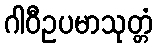
ဂါဝီဥပမာသုတ္တံ